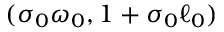
( \sigma _ { 0 } \omega _ { 0 } , 1 + \sigma _ { 0 } \ell _ { 0 } )